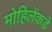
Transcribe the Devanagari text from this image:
मोहिलेंकडे